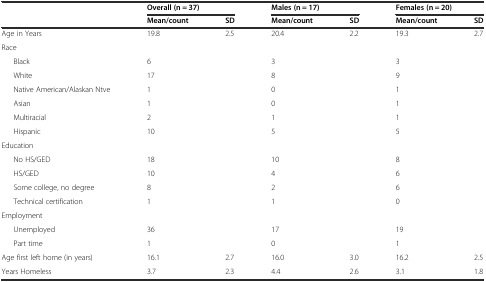
|  | <COLSPAN=2> Overall (n = 37) | <COLSPAN=2> Males (n = 17) | <COLSPAN=2> Females (n = 20) |
 |  | Mean/count | SD | Mean/count | SD | Mean/count | SD |
 | --- | --- | --- | --- | --- | --- | --- |
 | Age in Years | 19.8 | 2.5 | 20.4 | 2.2 | 19.3 | 2.7 |
 | Race |  |  |  |  |  |  |
 | Black | 6 |  | 3 |  | 3 |  |
 | White | 17 |  | 8 |  | 9 |  |
 | Native American/Alaskan Ntve | 1 |  | 0 |  | 1 |  |
 | Asian | 1 |  | 0 |  | 1 |  |
 | Multiracial | 2 |  | 1 |  | 1 |  |
 | Hispanic | 10 |  | 5 |  | 5 |  |
 | Education |  |  |  |  |  |  |
 | No HS/GED | 18 |  | 10 |  | 8 |  |
 | HS/GED | 10 |  | 4 |  | 6 |  |
 | Some college, no degree | 8 |  | 2 |  | 6 |  |
 | Technical certification | 1 |  | 1 |  | 0 |  |
 | Employment |  |  |  |  |  |  |
 | Unemployed | 36 |  | 17 |  | 19 |  |
 | Part time | 1 |  | 0 |  | 1 |  |
 | Age first left home (in years) | 16.1 | 2.7 | 16.0 | 3.0 | 16.2 | 2.5 |
 | Years Homeless | 3.7 | 2.3 | 4.4 | 2.6 | 3.1 | 1.8 |